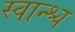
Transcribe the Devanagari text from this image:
स्वान्श्च